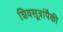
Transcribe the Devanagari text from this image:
शिवसूत्रांपैकी